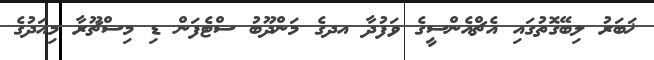
ޚަބަރު ލިބޭގޮތުގައި އެޗްއެންސީގެ ވަފުދާ އދގެ މަންދޫބު ސްޓެފަން ޑި މިސްޗޫރާ މިއަދުގެ